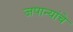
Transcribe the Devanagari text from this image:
जपान्यांचे